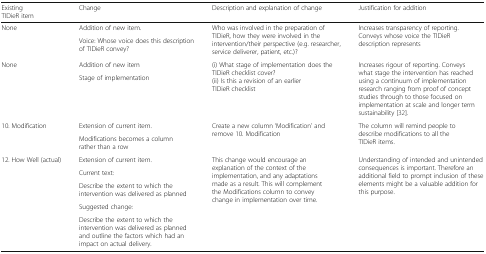
<table><thead><tr><td><b>Existing TIDieR item</b></td><td><b>Change</b></td><td><b>Description and explanation of change</b></td><td><b>Justification for addition</b></td></tr></thead><tbody><tr><td rowspan="2">None</td><td>Addition of new item.</td><td rowspan="2">Who was involved in the preparation of TIDieR, how they were involved in the intervention/their perspective (e.g. researcher, service deliverer, patient, etc.)?</td><td rowspan="2">Increases transparency of reporting. Conveys whose voice the TIDieR description represents</td></tr><tr><td>Voice: Whose voice does this description of TIDieR convey?</td></tr><tr><td rowspan="2">None</td><td>Addition of new item</td><td rowspan="2">(i) What stage of implementation does the TIDieR checklist cover?(ii) Is this a revision of an earlier TIDieR checklist</td><td rowspan="2">Increases rigour of reporting. Conveys what stage the intervention has reached using a continuum of implementation research ranging from proof of concept studies through to those focused on implementation at scale and longer term sustainability [32].</td></tr><tr><td>Stage of implementation</td></tr><tr><td rowspan="2">10. Modification</td><td>Extension of current item.</td><td rowspan="2">Create a new column ‘Modification’ and remove 10. Modification</td><td rowspan="2">The column will remind people to describe modifications to all the TIDieR items.</td></tr><tr><td>Modifications becomes a column rather than a row</td></tr><tr><td rowspan="5">12. How Well (actual)</td><td>Extension of current item.</td><td rowspan="5">This change would encourage an explanation of the context of the implementation, and any adaptations made as a result. This will complement the Modifications column to convey change in implementation over time.</td><td rowspan="5">Understanding of intended and unintended consequences is important. Therefore an additional field to prompt inclusion of these elements might be a valuable addition for this purpose.</td></tr><tr><td>Current text:</td></tr><tr><td>Describe the extent to which the intervention was delivered as planned</td></tr><tr><td>Suggested change:</td></tr><tr><td>Describe the extent to which the intervention was delivered as planned and outline the factors which had an impact on actual delivery.</td></tr></tbody></table>